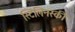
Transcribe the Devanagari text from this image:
स्टिलिनस्की